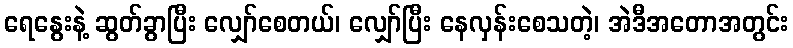
ရေနွေးနဲ့ ဆွတ်ခွာပြီး လျှော်စေတယ်၊ လျှော်ပြီး နေလှန်းစေသတဲ့၊ အဲဒီအတောအတွင်း